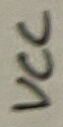
Text: VCC